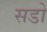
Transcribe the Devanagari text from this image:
सडो